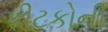
કીટકોની